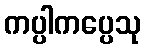
ကပ္ပါကပ္ပေသု